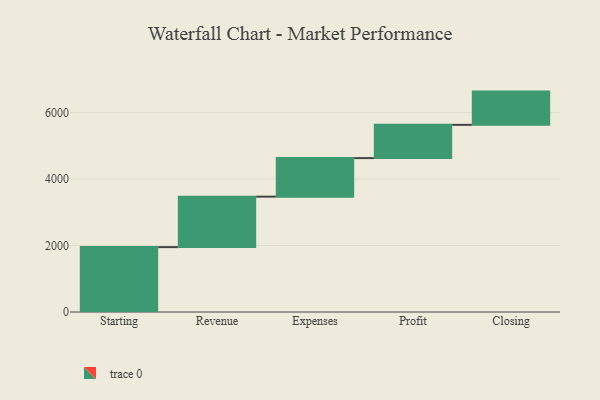
{"axis": {"x": "Step", "y": "Value"}, "legend": [""], "data": [{"x": "Starting", "y": 1951.0, "type": ""}, {"x": "Revenue", "y": 1518.0, "type": ""}, {"x": "Expenses", "y": 1159.0, "type": ""}, {"x": "Profit", "y": 1000, "type": ""}, {"x": "Closing", "y": 1000, "type": ""}]}